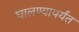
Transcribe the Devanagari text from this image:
घालण्यापर्यंत